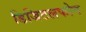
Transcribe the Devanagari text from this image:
डिजिटलफोन